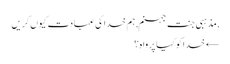
, مذہبی جنت جہنم, ہم خدا کی عبادت کیوں کریں
← خدا کو کیا پرواہ ؟